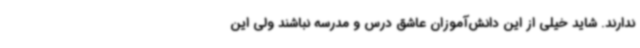
ندارند. شاید خیلی از این دانش‌آموزان عاشق درس و مدرسه نباشند ولی این